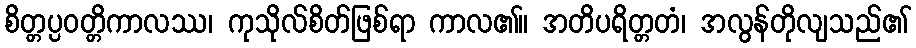
စိတ္တပ္ပဝတ္တိကာလဿ၊ ကုသိုလ်စိတ်ဖြစ်ရာ ကာလ၏။ အတိပရိတ္တတံ၊ အလွန်တိုလျသည်၏